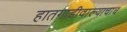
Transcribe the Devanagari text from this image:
हातगाडीवाल्याचाच